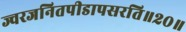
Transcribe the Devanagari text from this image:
ज्वरजनितपीडापसरति॥२०॥